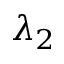
\lambda _ { 2 }